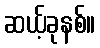
ဆယ့်ခုနစ်။